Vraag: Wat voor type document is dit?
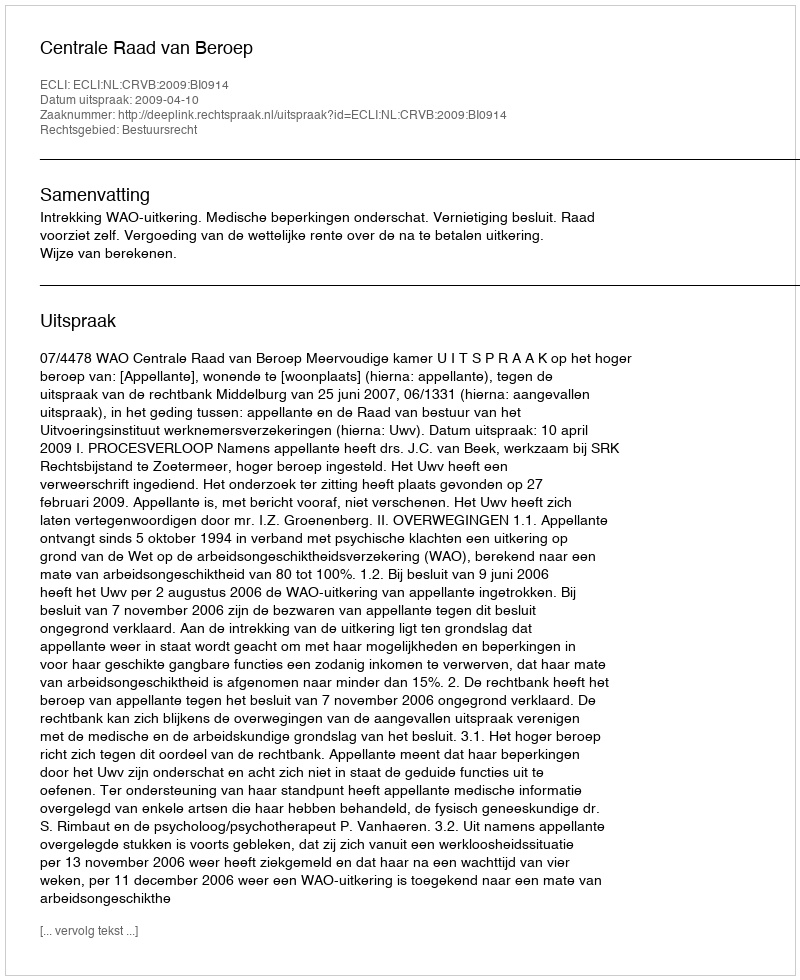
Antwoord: Uitspraak